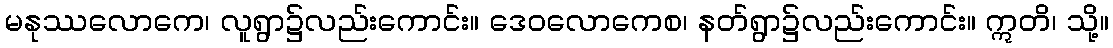
မနုဿလောကေ၊ လူရွာ၌လည်းကောင်း။ ဒေဝလောကေစ၊ နတ်ရွာ၌လည်းကောင်း။ ဣတိ၊ သို့။